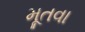
મૂતવા